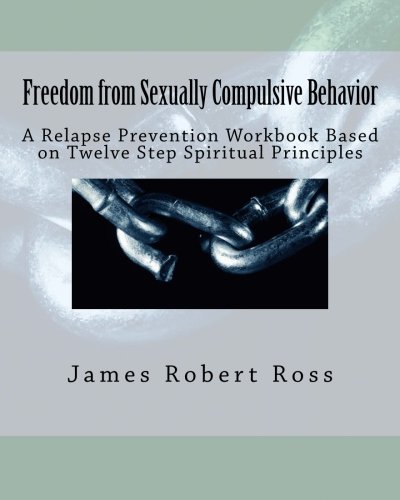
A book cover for Freedom from Sexually Compulsive Behavior: A Relapse Prevention Workbook Based on Twelve Step Spiritual Principles; Dr. James Robert Ross Ph.D.; Health, Fitness & Dieting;